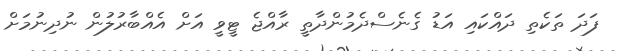
ފަދަ ތަކެތި ދައްކައި އަޑު ގެނެސްދެމުންދާތީ ރާއްޖެ ޓީވީ އަށް އެއްބާރުލުން ނުދިނުމަށް